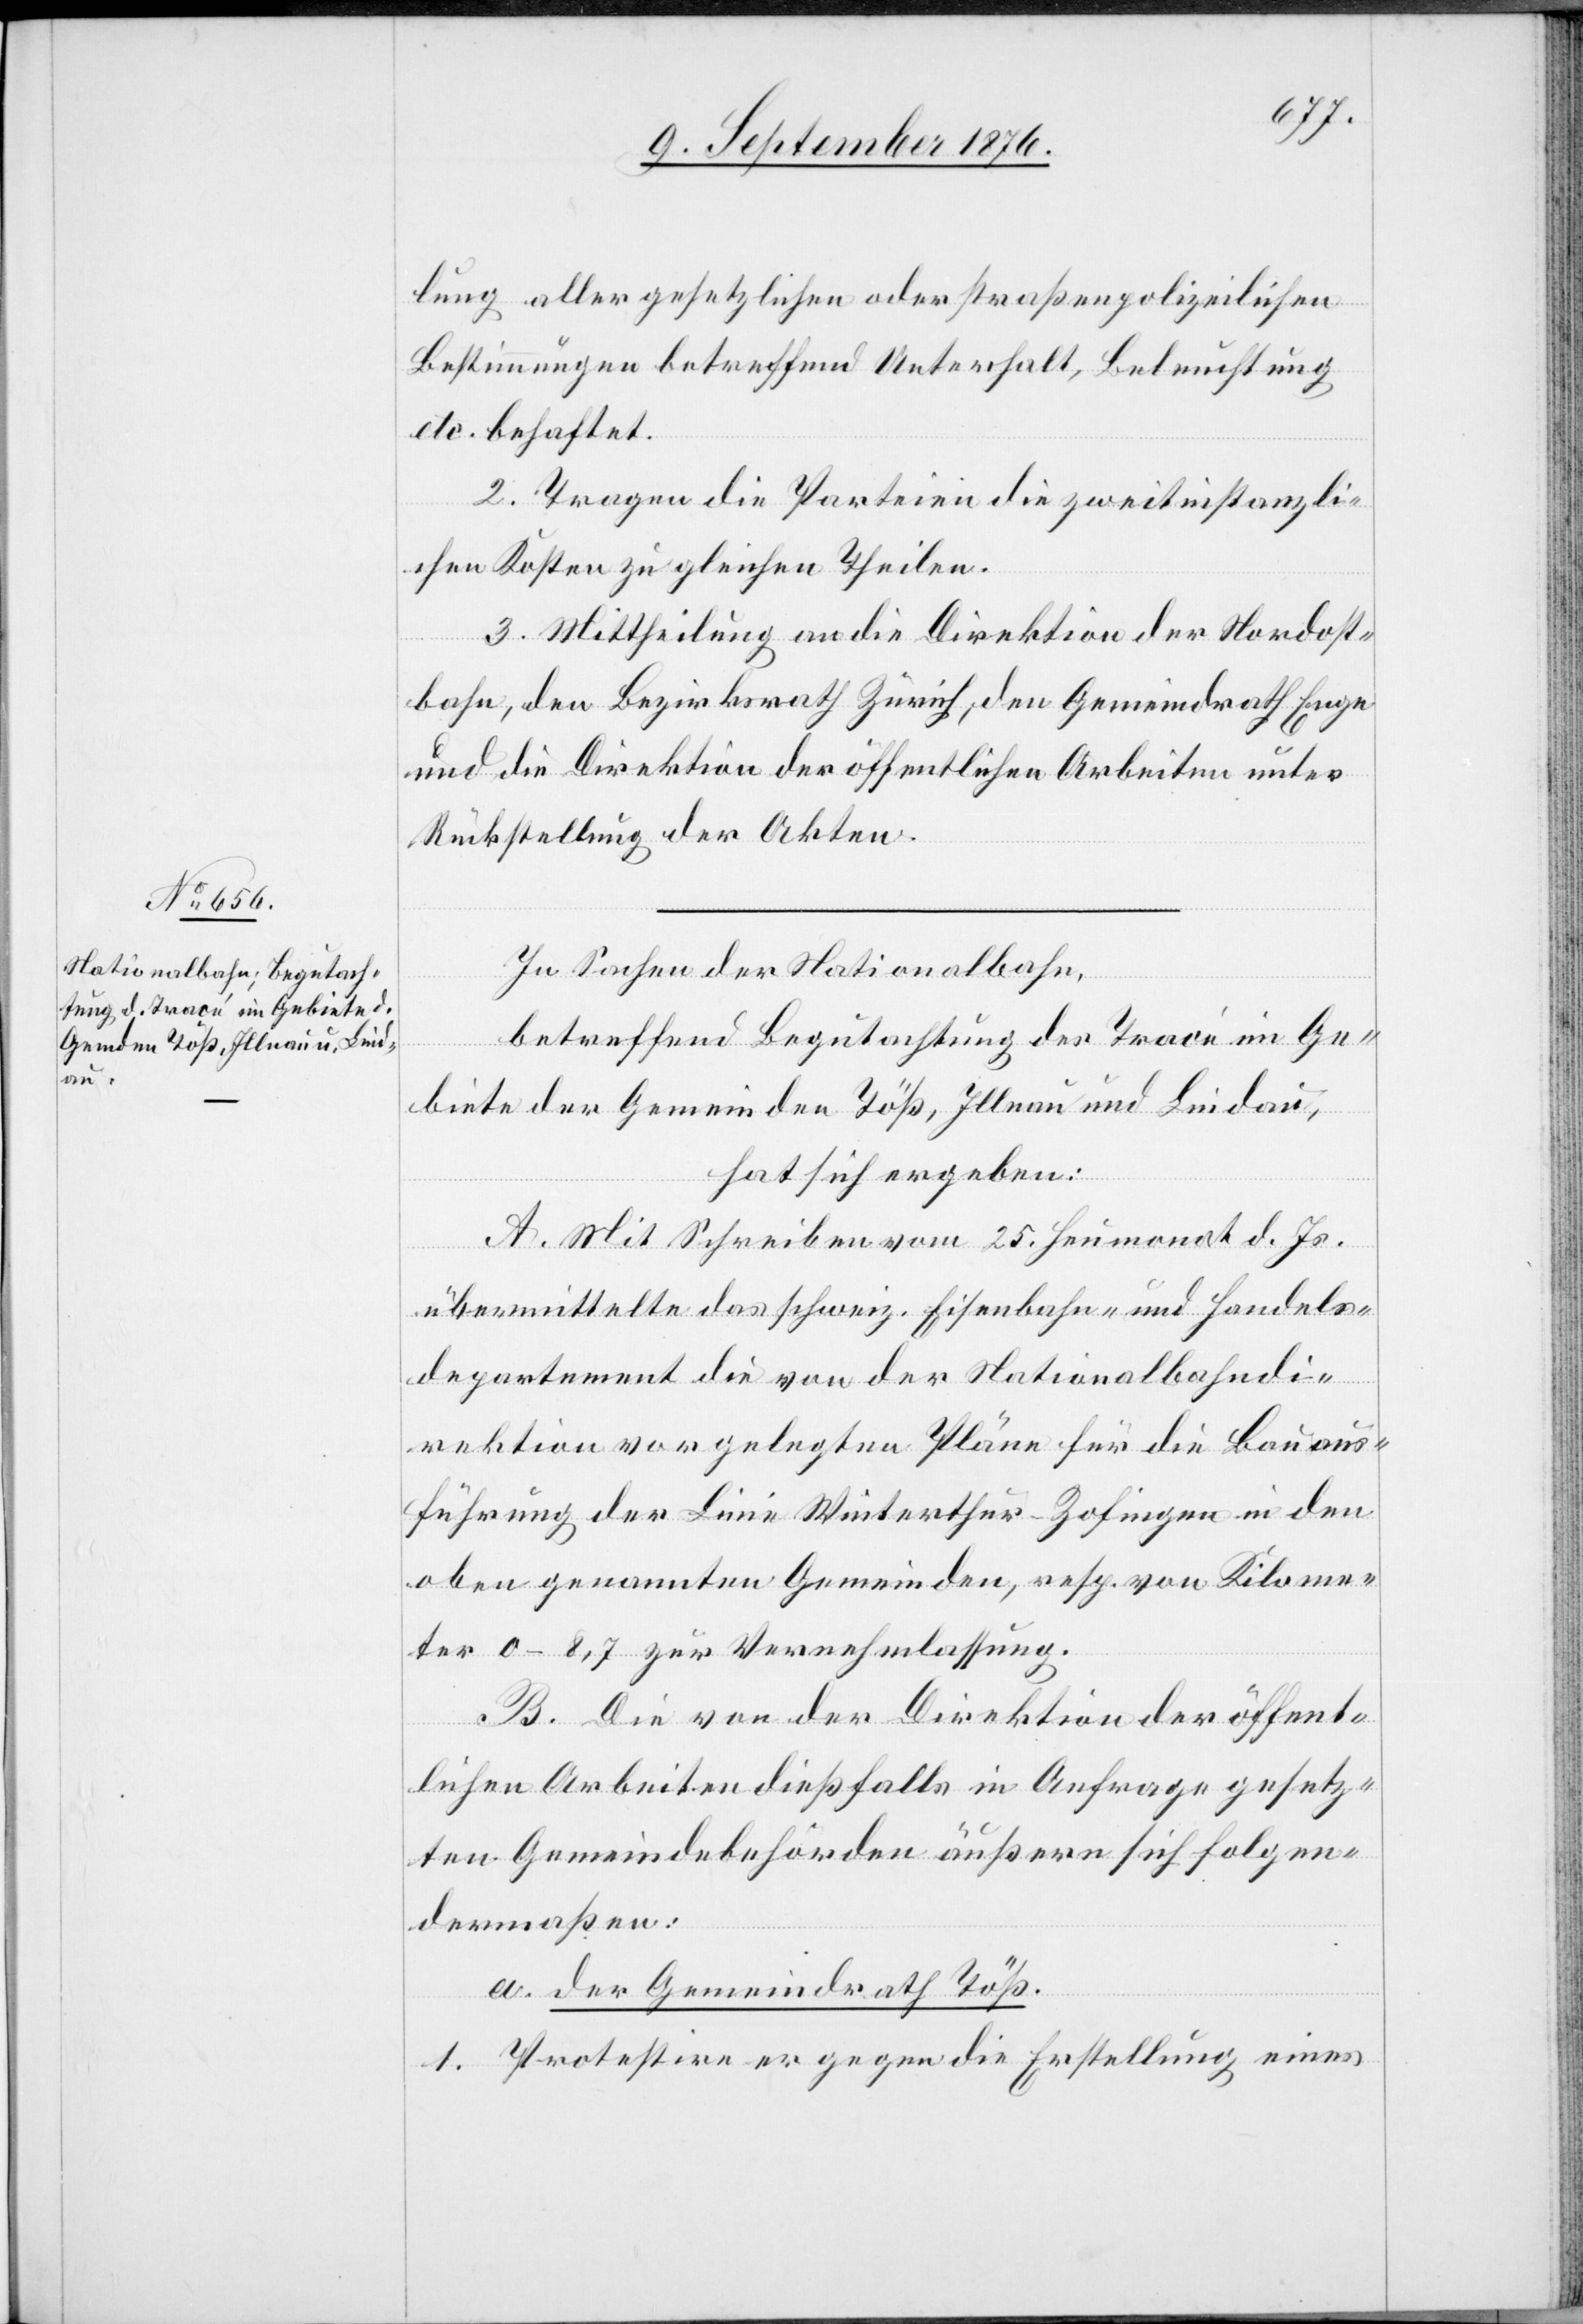
In Sachen der Nationalbahn,
betreffend Begutachtung der Tracé im Ge¬
biete der Gemeinden Töß, Illnau und Lindau,
hat sich ergeben:
A. Mit Schreiben vom 25. Heumonat d. Js.
übermittelte das schweiz. Eisenbahn- und Handels¬
departement die von der Nationalbahndi¬
rektion vorgelegten Pläne für die Bauaus¬
führung der Linie Winterthur–Zofingen in den
oben genannten Gemeinden, resp. von Kilome¬
ter 0–8,7 zur Vernehmlassung.
B. Die von der Direktion der öffent¬
lichen Arbeiten dießfalls in Anfrage gesetz¬
ten Gemeindebehörden äußern sich folgen¬
dermaßen:
a. der Gemeindrath Töß.
1. Protestire er gegen die Erstellung eines